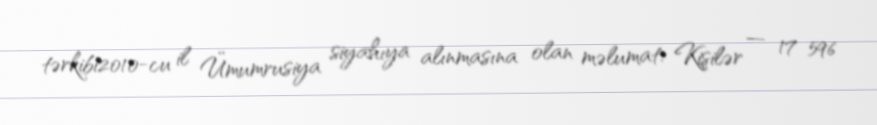
tərkibi2010-cu il Ümumrusiya siyahıya alınmasına olan məlumat: Kişilər — 17 596